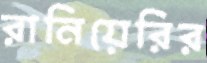
রানিয়েরির